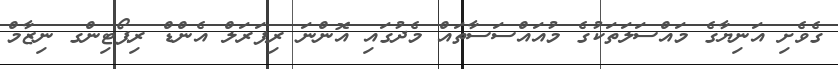
ގެވެށި އަނިޔާގެ މައްސަލަތަކުގެ މުއައްސަސާތައް މެދުގައި އޮންނަ ރިޕަރަލް އެންޑް ރިޕޯޓިންގ ނިޒާމް